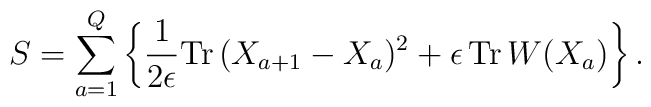
S=\sum_{a=1}^{Q}\left\{\frac{1}{2\epsilon}{\rm Tr}\,(X_{a+1}-X_{a})^{2}+\epsilon\,{\rm Tr}\,W(X_{a})\right\}.